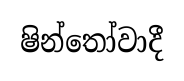
ෂින්තෝවාදී